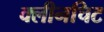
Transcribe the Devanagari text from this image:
क्लीनचिट